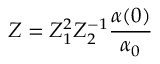
Z = Z _ { 1 } ^ { 2 } Z _ { 2 } ^ { - 1 } \frac { \alpha ( 0 ) } { \alpha _ { 0 } }